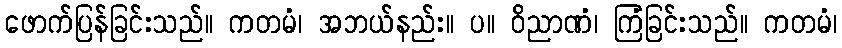
ဖောက်ပြန်ခြင်းသည်။ ကတမံ၊ အဘယ်နည်း။ ပ။ ဝိညာဏံ၊ ကြံခြင်းသည်။ ကတမံ၊